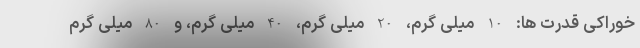
خوراکی قدرت ها: 10 میلی گرم، 20 میلی گرم، 40 میلی گرم، و 80 میلی گرم